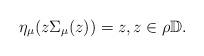
LaTeX: \begin{align*}\eta_{\mu}(z\Sigma_{\mu}(z))=z,z\in\rho\mathbb{D}.\end{align*}